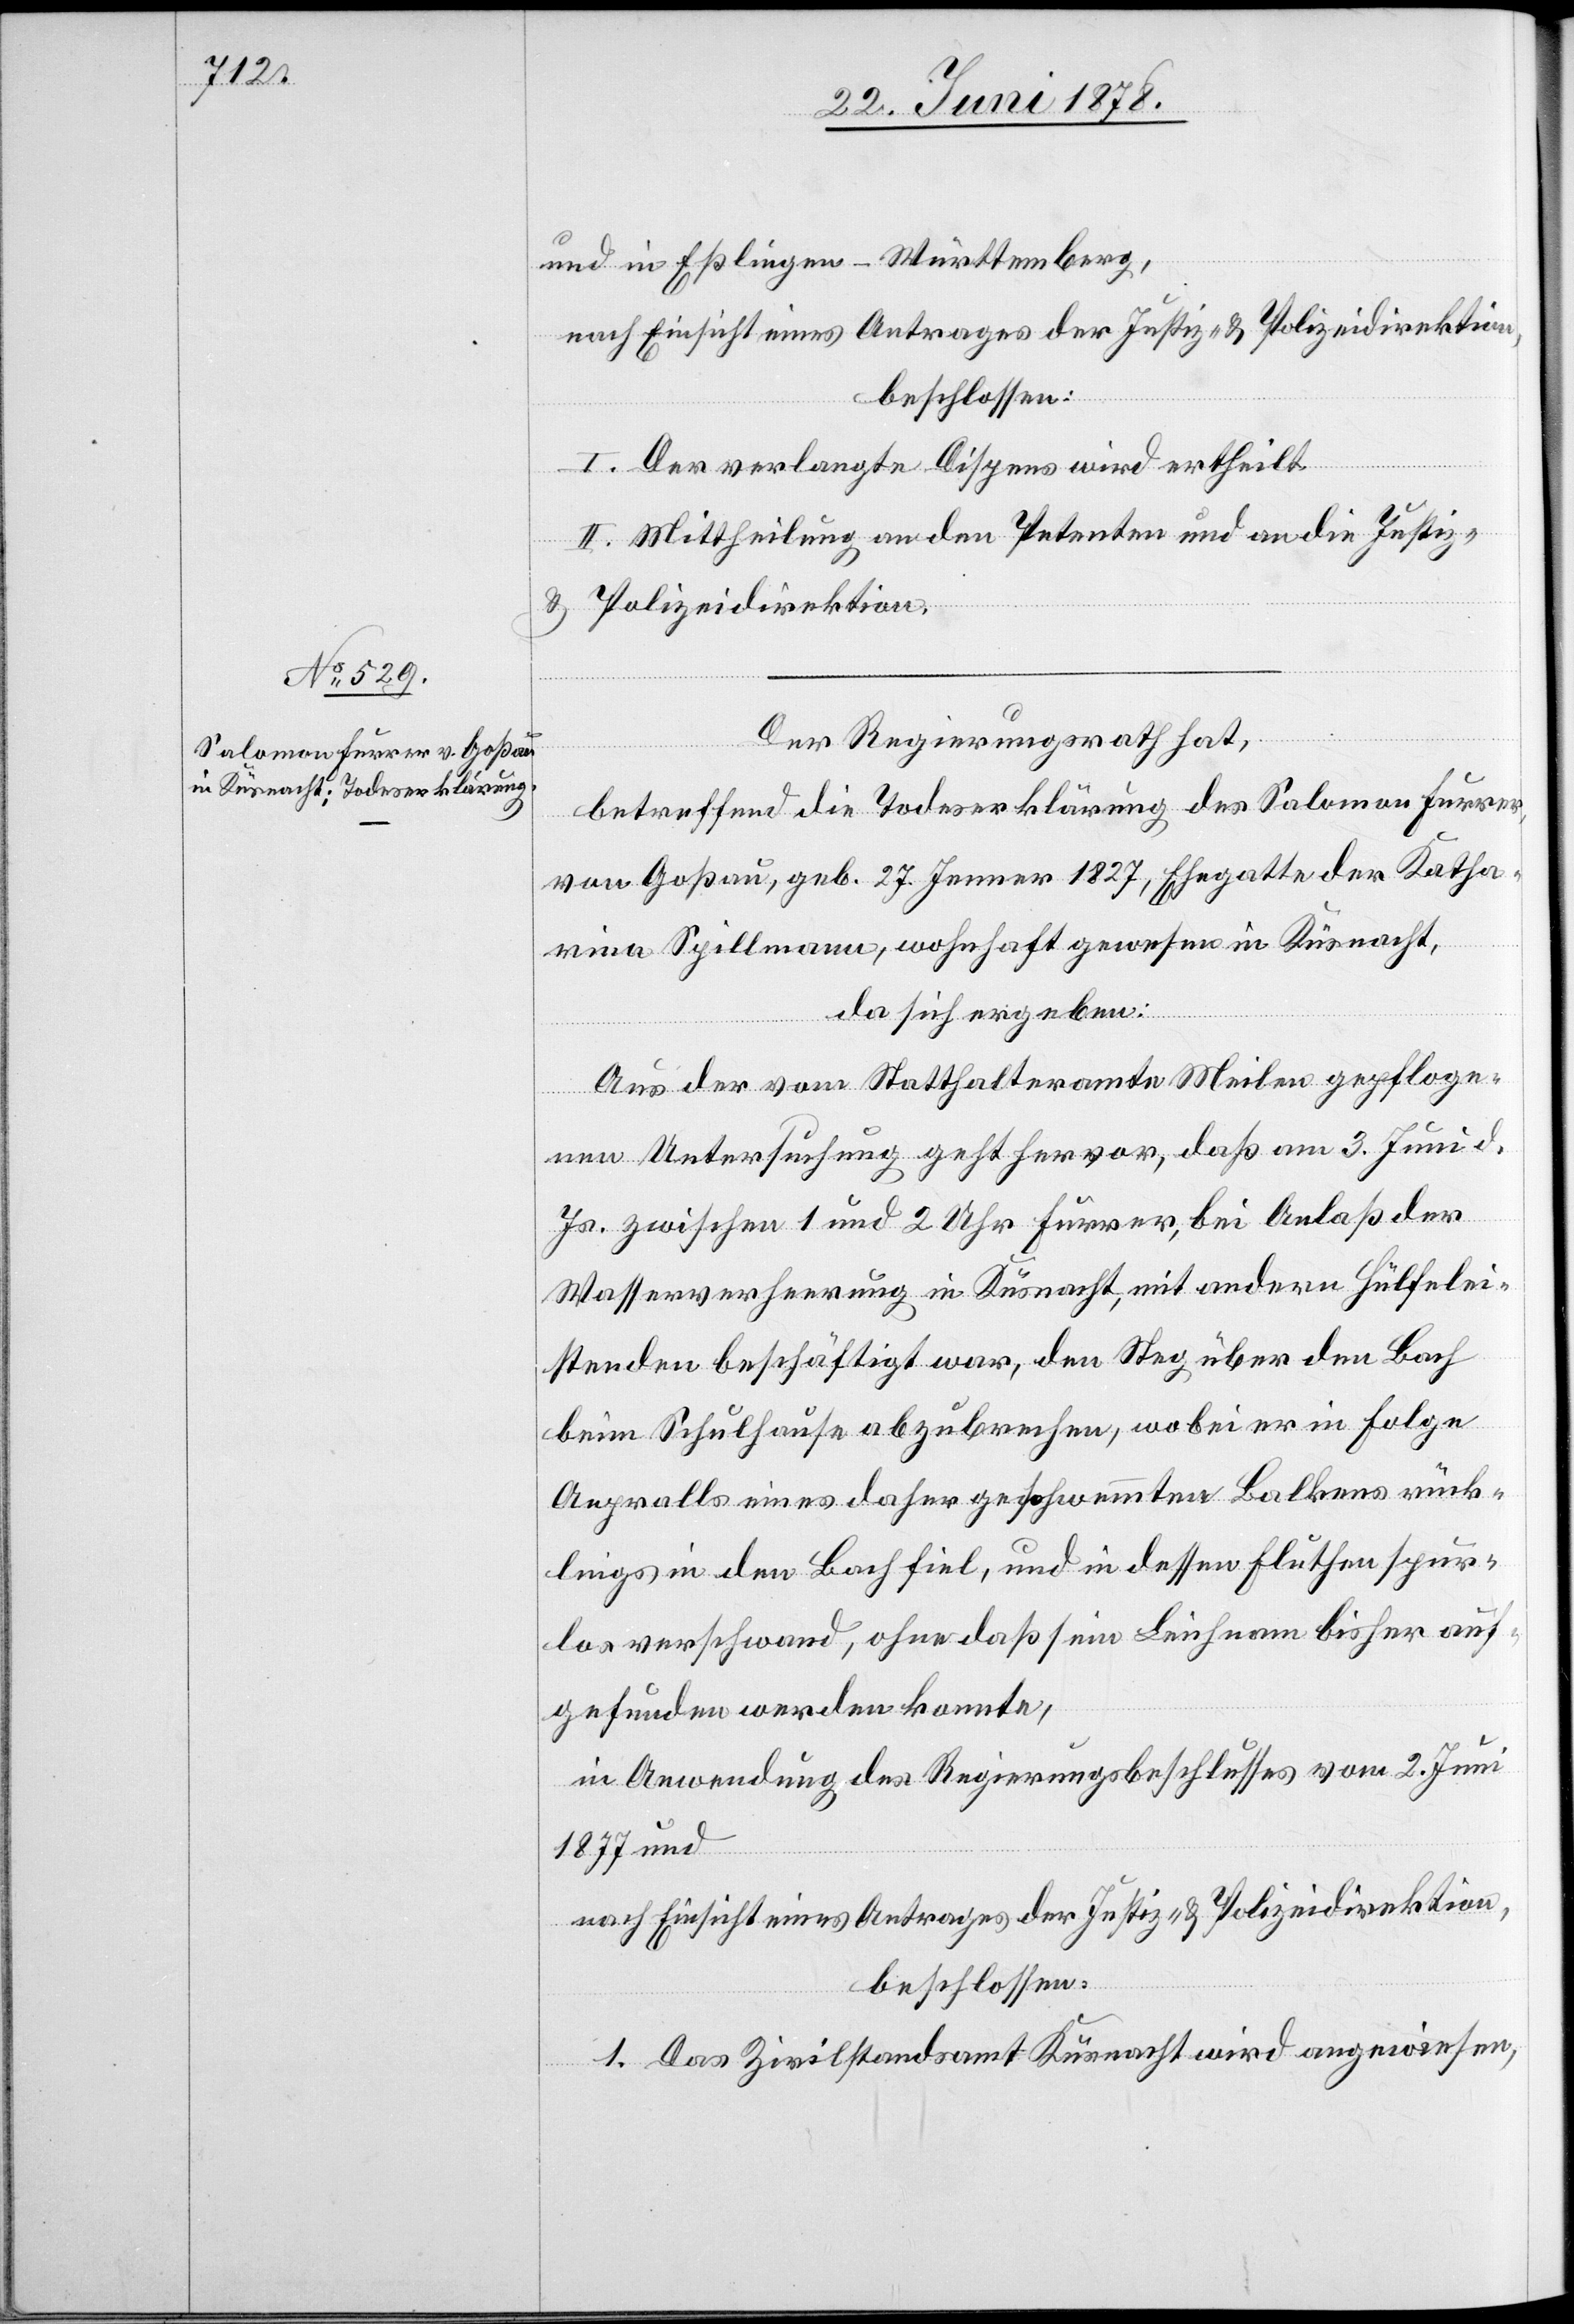
und in Eßlingen - Württemberg,
nach Einsicht eines Antrages der Justiz- & Polizeidirektion,
beschlossen:
I. Der verlangte Dispens wird ertheilt.
II. Mittheilung an den Petenten und an die Justiz-
& Polizeidirektion.
Der Regierungsrath hat,
betreffend die Todeserklärung des Salomon Furrer,
von Goßau, geb. 27. Jenner 1827, Ehegatte der Katha¬
rina Spillmann, wohnhaft gewesen in Küsnacht,
da sich ergeben:
Aus der vom Statthalteramte Meilen gepfloge¬
nen Untersuchung geht hervor, daß am 3. Juni d.
Js. zwischen 1 und 2 Uhr Furrer, bei Anlaß der
Wasserverheerung in Küsnacht, mit andern Hülfelei¬
stenden beschäftigt war, den Steg über den Bach
beim Schulhause abzubrechen, wobei er in Folge
Anpralls eines daher geschwemmten Balkens rück¬
lings in den Bach fiel, und in dessen Fluthen spur¬
los verschwand, ohne daß sein Leichnam bisher auf¬
gefunden werden konnte,
in Anwendung des Regierungsbeschlusses vom 2. Juni
1877 und
1. Das Zivilstandsamt Küsnacht wird angewiesen,